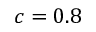
c = 0 . 8